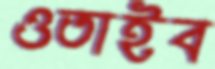
ওতাইব